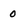
Character: 0